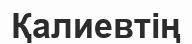
Қалиевтің